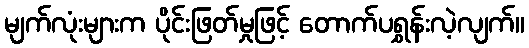
မျက်လုံးများက ပိုင်းဖြတ်မှုဖြင့် တောက်ပရွှန်းလဲ့လျက်။